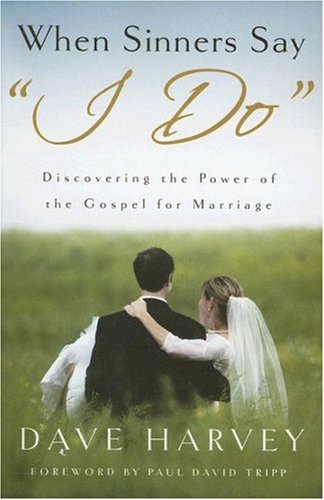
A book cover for When Sinners Say "I Do": Discovering the Power of the Gospel for Marriage; Dave Harvey; Parenting & Relationships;